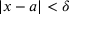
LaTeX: | x - a | < \delta